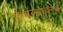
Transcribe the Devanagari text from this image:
कुचंल्यावरचे